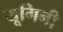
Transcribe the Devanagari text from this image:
यूगिनी